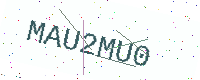
Text: MAU2MU0